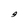
Character: g